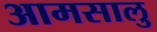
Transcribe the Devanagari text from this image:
आमसालु